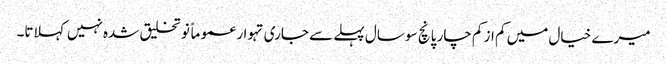
میرے خیال میں کم از کم چار پانچ سو سال پہلے سے جاری تہوار عموماً نو تخلیق شدہ نہیں کہلاتا۔